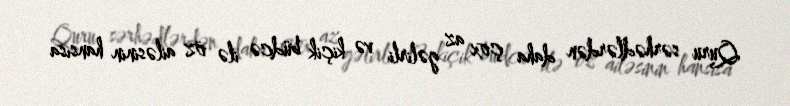
Quru sərhədlərdən daha çox az gəlirli və kiçik büdcə ilə öz ailəsinin hansısa